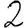
Digit: 2